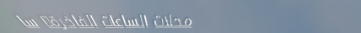
محلات الساعات الفاخرة: سا